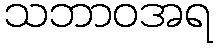
သဘာဝအရ